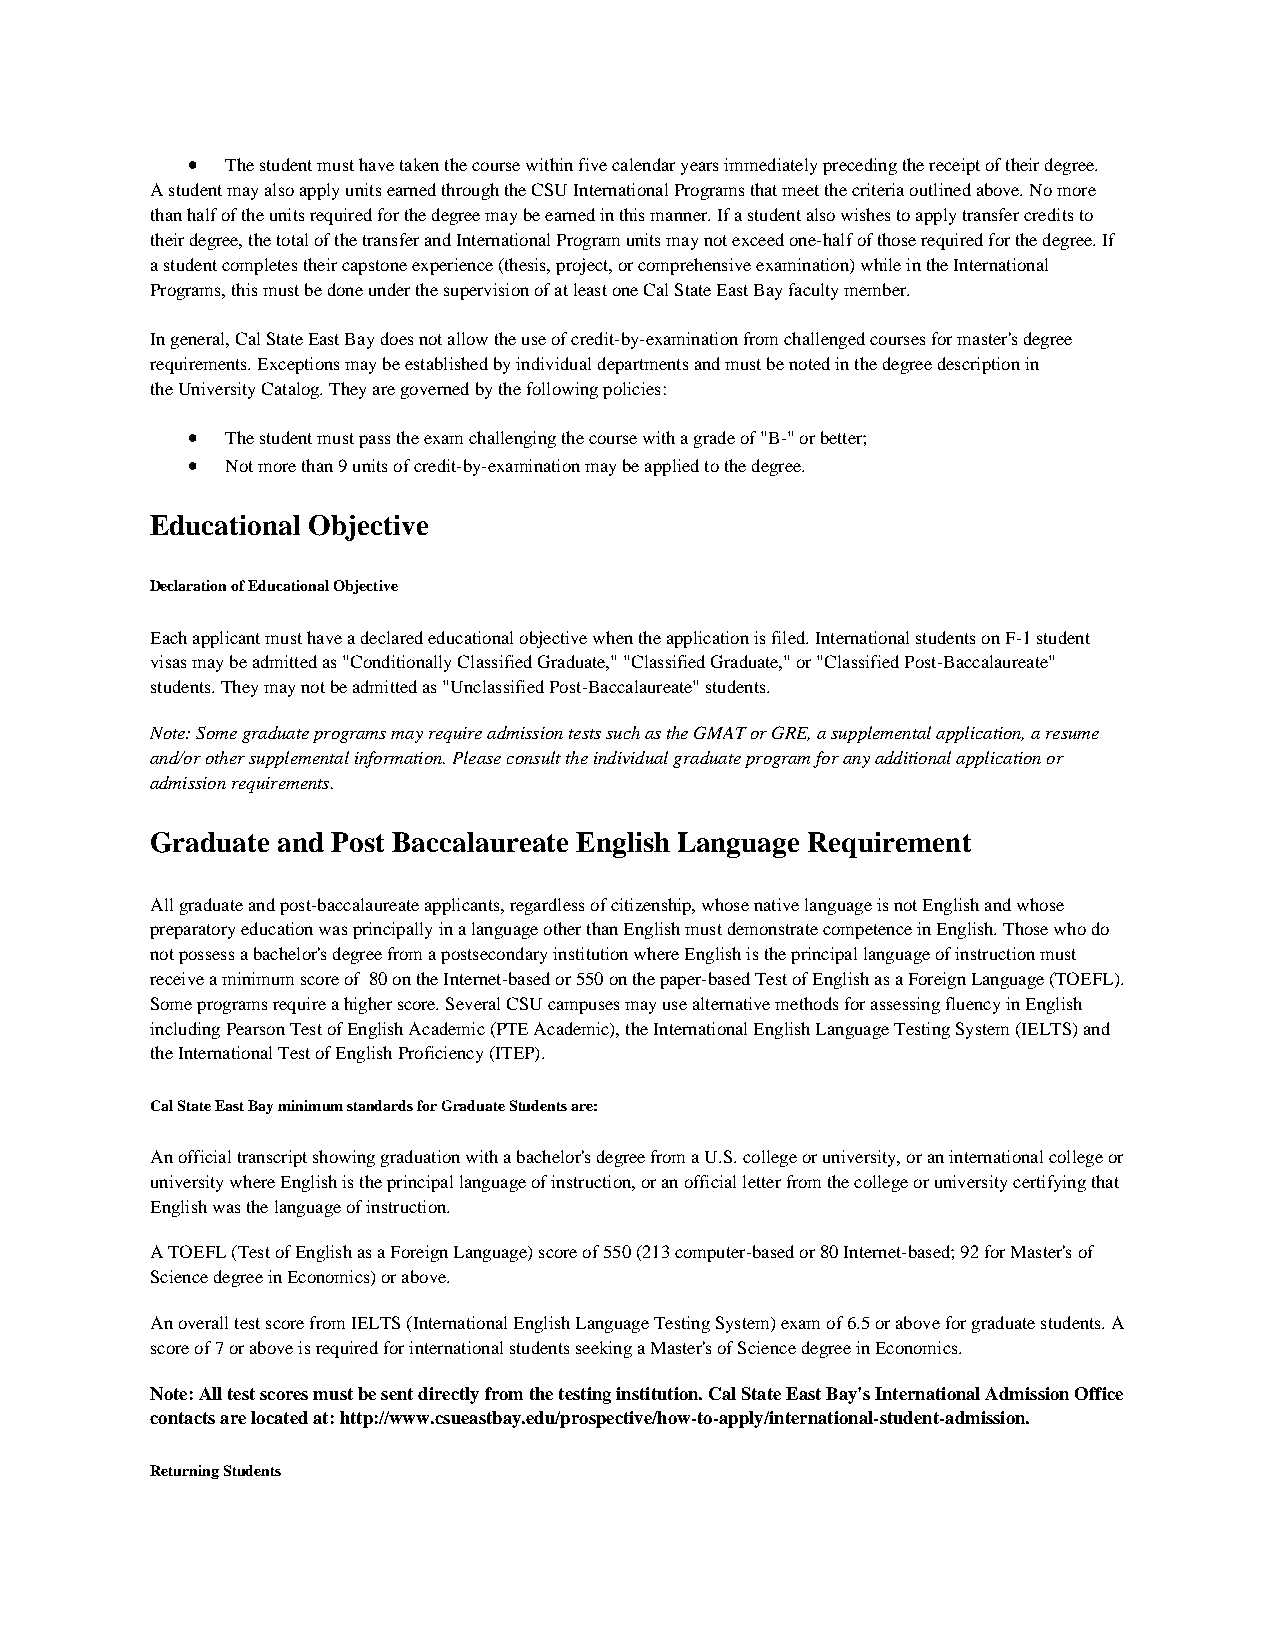
•  The student must have taken the course within five calendar years immediately preceding the receipt of their degree.
 A student may also apply units earned through the CSU International Programs that meet the criteria outlined above. No more
 than half of the units required for the degree may be earned in this manner. If a student also wishes to apply transfer credits to
 their degree, the total of the transfer and International Program units may not exceed one-half of those required for the degree. If
 a student completes their capstone experience (thesis, project, or comprehensive examination) while in the International
 Programs, this must be done under the supervision of at least one Cal State East Bay faculty member.
 In general, Cal State East Bay does not allow the use of credit-by-examination from challenged courses for master's degree
 requirements. Exceptions may be established by individual departments and must be noted in the degree description in
 the University Catalog. They are governed by the following policies:
 •  The student must pass the exam challenging the course with a grade of "B-" or better;
 •  Not more than 9 units of credit-by-examination may be applied to the degree.
 Educational Objective
 Declaration of Educational Objective
 Each applicant must have a declared educational objective when the application is filed. International students on F-1 student
 visas may be admitted as "Conditionally Classified Graduate," "Classified Graduate," or "Classified Post-Baccalaureate"
 students. They may not be admitted as "Unclassified Post-Baccalaureate" students.
 Note: Some graduate programs may require admission tests such as the GMAT or GRE, a supplemental application, a resume
 and/or other supplemental information. Please consult the individual graduate program for any additional application or
 admission requirements.
 Graduate and Post Baccalaureate English Language Requirement
 All graduate and post-baccalaureate applicants, regardless of citizenship, whose native language is not English and whose
 preparatory education was principally in a language other than English must demonstrate competence in English. Those who do
 not possess a bachelor's degree from a postsecondary institution where English is the principal language of instruction must
 receive a minimum score of 80 on the Internet-based or 550 on the paper-based Test of English as a Foreign Language (TOEFL).
 Some programs require a higher score. Several CSU campuses may use alternative methods for assessing fluency in English
 including Pearson Test of English Academic (PTE Academic), the International English Language Testing System (IELTS) and
 the International Test of English Proficiency (ITEP).
 Cal State East Bay minimum standards for Graduate Students are:
 An official transcript showing graduation with a bachelor's degree from a U.S. college or university, or an international college or
 university where English is the principal language of instruction, or an official letter from the college or university certifying that
 English was the language of instruction.
 A TOEFL (Test of English as a Foreign Language) score of 550 (213 computer-based or 80 Internet-based; 92 for Master's of
 Science degree in Economics) or above.
 An overall test score from IELTS (International English Language Testing System) exam of 6.5 or above for graduate students. A
 score of 7 or above is required for international students seeking a Master's of Science degree in Economics.
 Note: All test scores must be sent directly from the testing institution. Cal State East Bay's International Admission Office
 contacts are located at: http://www.csueastbay.edu/prospective/how-to-apply/international-student-admission.
 Returning Students